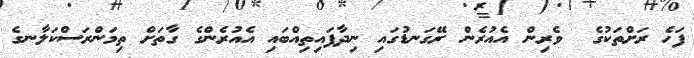
ފަހެ ރަށްތަކުގެ  ވެރިން އެއުރެން ރޭގަނޑުގައި ނިދާފައިތިއްބައި އެއުރެންގެ ގާތަށް ތިމަންރަސްކަލާނގެ